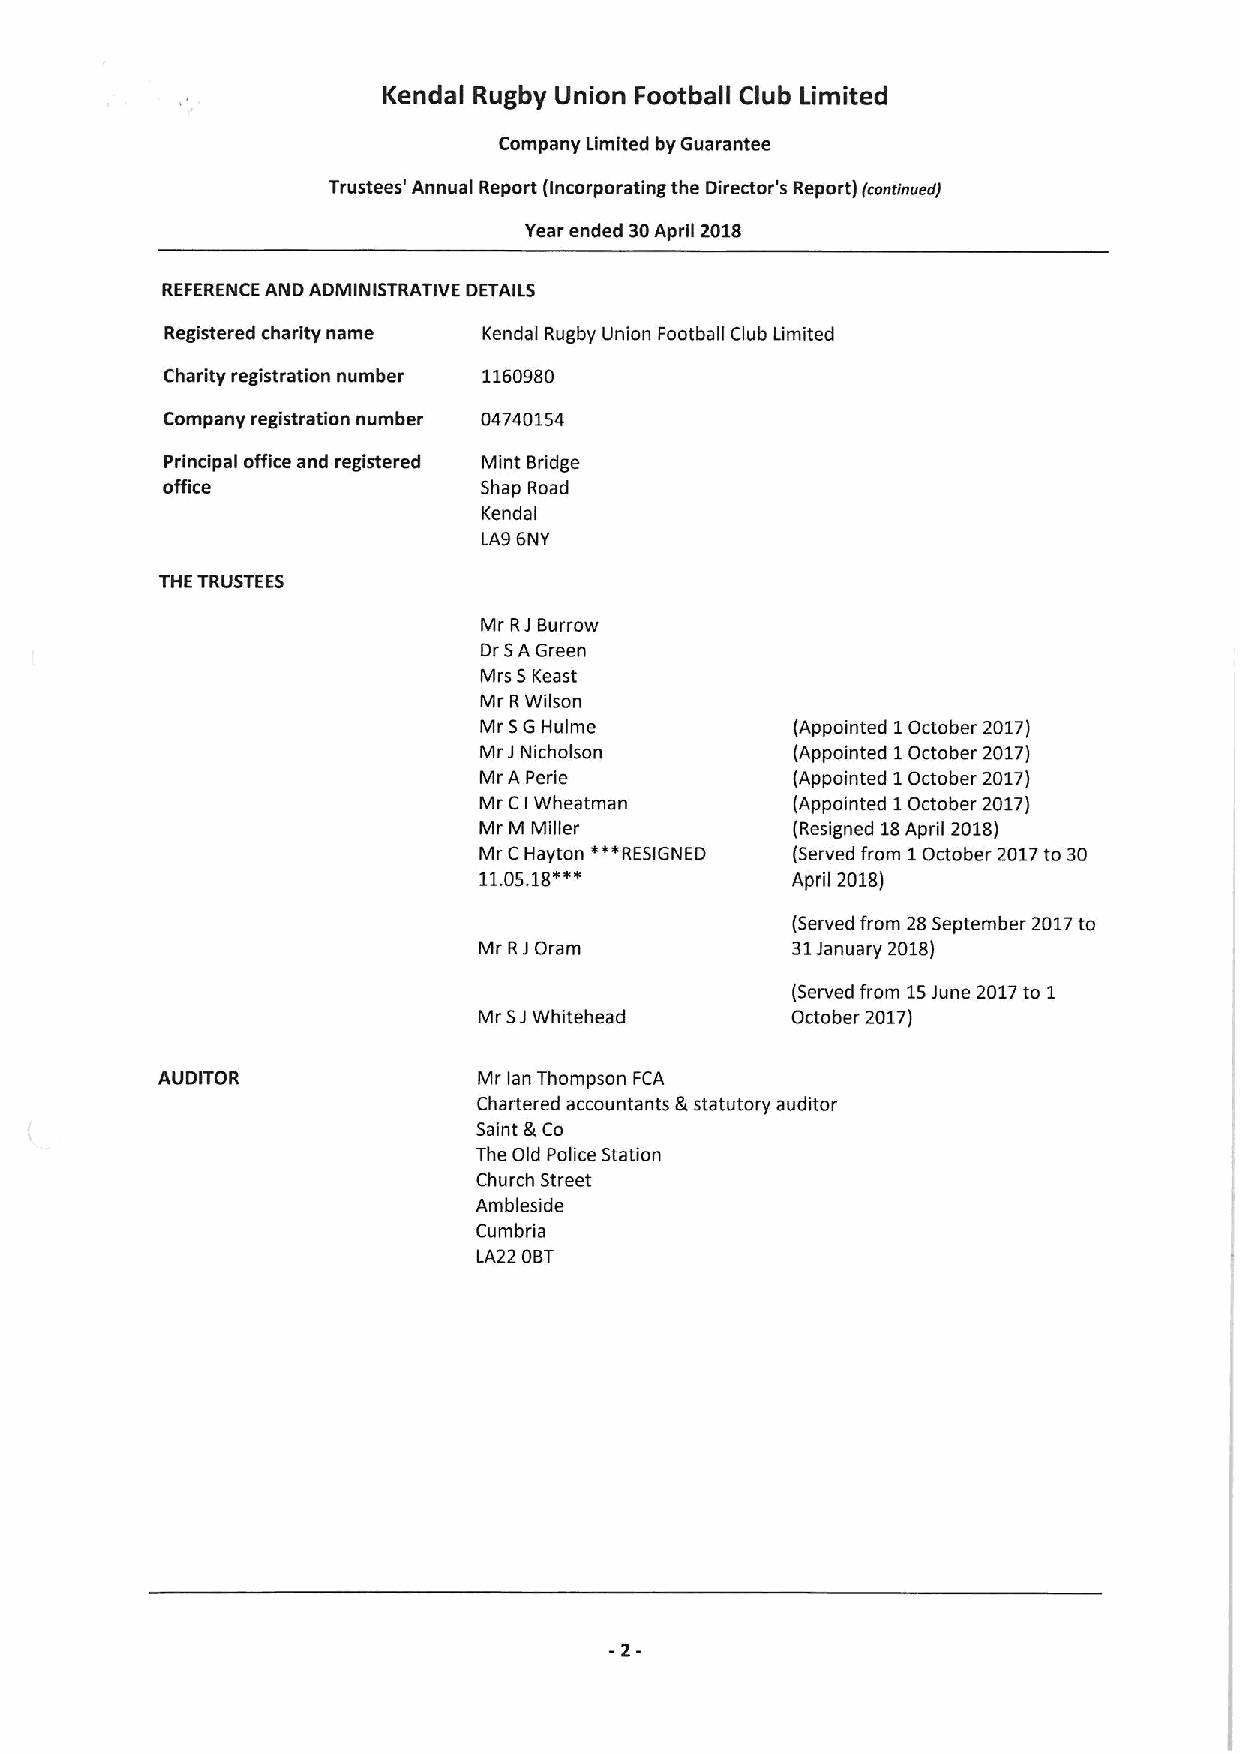
Kendal Rugby Union Football Club Limited
 Company Limited by Guarantee
 Trustees' Annual Report (Incorporating the Director's Report) fconcinverr)
 Year ended 30April 2018
 REFERENCE AND ADMINISTRATIVE DETAILS
 Registered charity name Kendal Rugby Union Football Club Limited
 Charity registration number 1160980
 Company registration number 04740154
 Principal office and registered Mint Bridge
 office               Shap Road
 Kendal
 LA9 6NY
 THE TRUSTEES
 Mr RJ Burrow
 Dr 5A Green
 Mrs 5 Keast
 Mr RWilson
 Mr 5G Hulme          (Appointed 1October 2017)
 Mr JNicholson        (Appointed 1October 2017)
 Mr A Perie          (Appointed 1October 2017)
 Mr C I Wheatman      (Appointed 1October 2017)
 Mr M Miller         (Resigned 18April 2018)
 Mr CHayton ***RESIGNED (Served from 1October 2017to 30
 18'*'
 11.05.              April 2018)
 (Served from 28September 2017to
 Mr RJOram           31 January 2018)
 (Served from 15June 2017to 1
 Mr SJWhitehead      October 2017)
 AUDITOR               Mr lan Thompson FCA
 Chartered accountants &statutory auditor
 Saint &Co
 The Old Police Station
 Church Street
 Ambleside
 Cumbria
 LA22 OBT